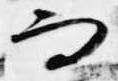
而